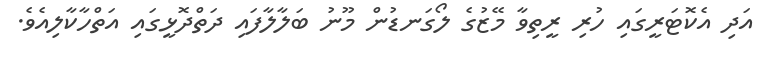
އަދި އެކޮޓަރީގައި ހުރި ރީތިވާ މޭޒުގެ ލޯގަނޑުން މޫނު ބަލާލާފައި ދަތްދޮޅީގައި އަތްހާކާލިއެވެ.